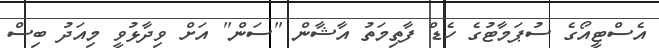
އެސްޓީއޯގެ ސުޕަމާޓުގެ ހެޑް ފާތިމަތު އާޝާން "ސަން" އަށް ވިދާޅުވީ މިއަދު ބިސް